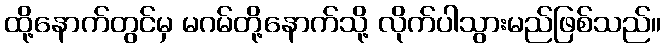
ထို့နောက်တွင်မှ မဂမ်တို့နောက်သို့ လိုက်ပါသွားမည်ဖြစ်သည်။